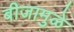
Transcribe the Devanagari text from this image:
बीजामुळे